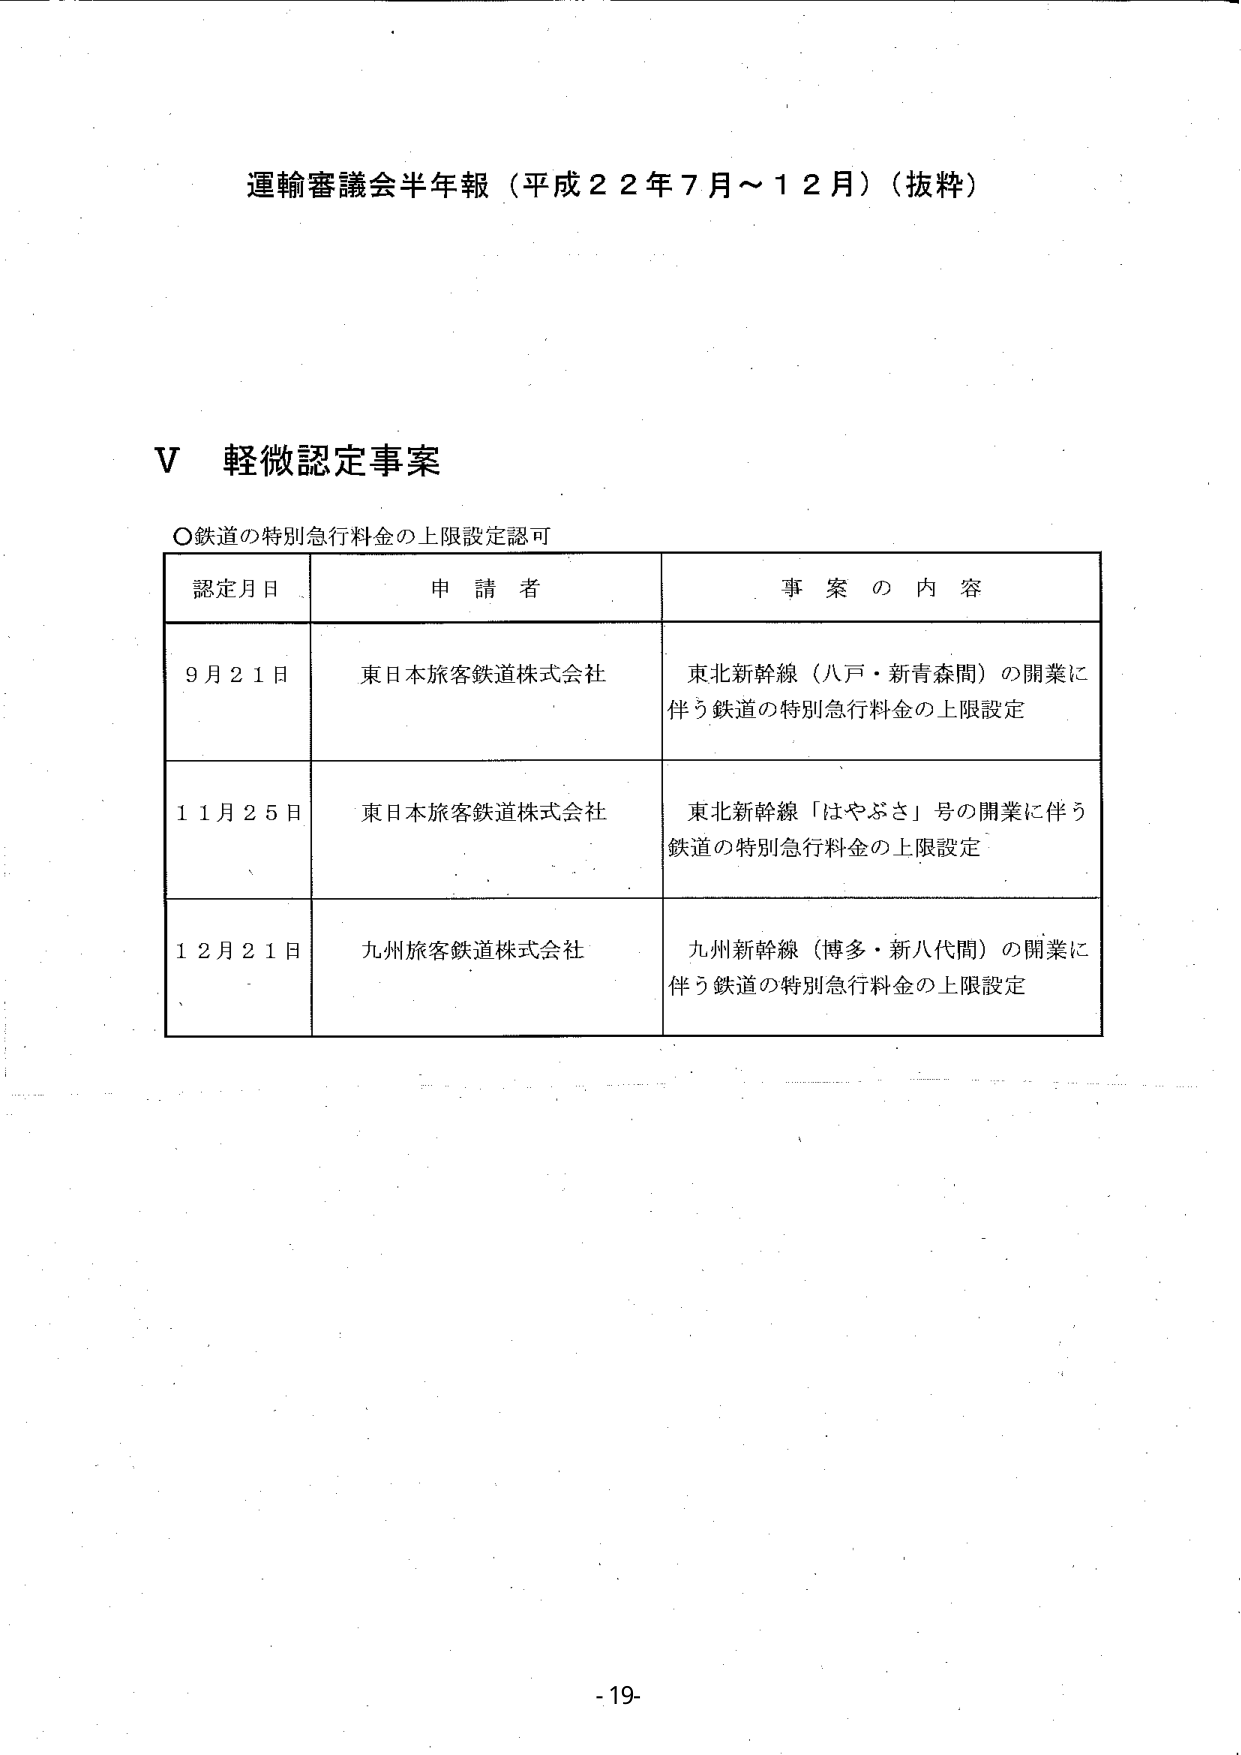
運輸審議会半年報（平成２２年７月～１２月）（抜粋）

Ⅴ 軽微認定事案

○鉄道の特別急行料金の上限設定認可

認定月日　　申請者　　事案の内容

９月２１日　　東日本旅客鉄道株式会社　　東北新幹線（八戸・新青森間）の開業に伴う鉄道の特別急行料金の上限設定

１１月２５日　　東日本旅客鉄道株式会社　　東北新幹線「はやぶさ」号の開業に伴う鉄道の特別急行料金の上限設定

１２月２１日　　九州旅客鉄道株式会社　　九州新幹線（博多・新八代間）の開業に伴う鉄道の特別急行料金の上限設定

-19-